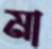
মা